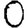
Digit: 0